画像に写った文字を読んでください
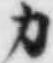
「カ」と書いてあります